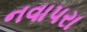
નવાપરા